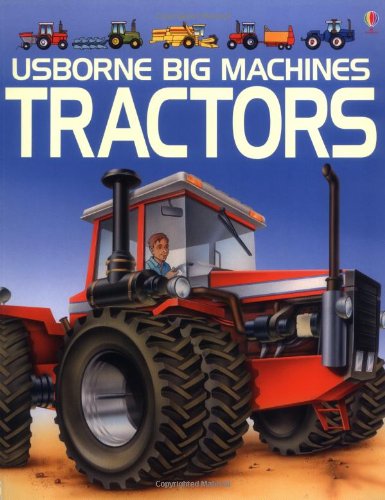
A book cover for The Usborne Book of Tractors (Young Machines Series); Caroline Young; Children's Books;